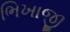
ભિખાજી